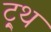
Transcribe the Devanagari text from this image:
ट्र्थ